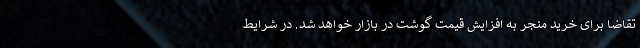
تقاضا برای خرید منجر به افزایش قیمت گوشت در بازار خواهد شد. در شرایط